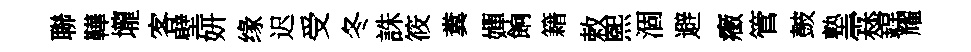
聯鞾壠客壁妍缘迟受冬誅筱糞嬋餉籍敕煕涸避癥管皷塾霖鏜耀